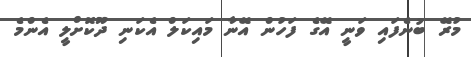
މުރޭ ބުނެފައި ވަނީ އޭގެ ފަހުން އޭނާ މައިކަލް އެކަނި ދޫކޮށްލީ އެންމެ